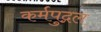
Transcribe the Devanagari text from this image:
कर्मपुद्गल